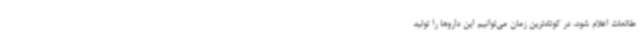
طالعات اعلام شود، در کوتاه‌ترین زمان می‌توانیم این داروها را تولید